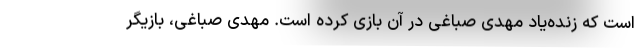
است که زنده‌یاد مهدی صباغی در آن بازی کرده است. مهدی صباغی، بازیگر